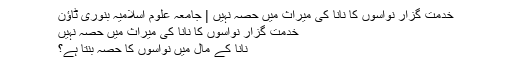
خدمت گزار نواسوں کا نانا کی میراث میں حصہ نہیں | جامعہ علوم اسلامیہ بنوری ٹاؤن
خدمت گزار نواسوں کا نانا کی میراث میں حصہ نہیں
نانا کے مال میں نواسوں کا حصہ بنتا ہے؟